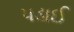
પડાઈ